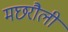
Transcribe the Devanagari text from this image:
मछरौली